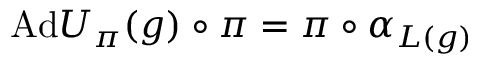
\mathrm { A d } U _ { \pi } ( g ) \circ \pi = \pi \circ \alpha _ { L ( g ) }